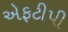
એફટીપી